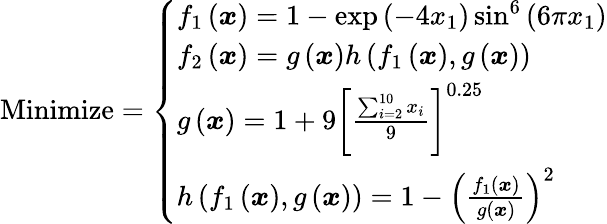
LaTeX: {\mathrm{Minimize}}={\left\{ \begin{array}{ll}{f_{1}\left({\boldsymbol{x}}\right)=1-\exp\left(-4x_{1}\right)\sin^{6}\left(6\pi x_{1}\right)}\\ {f_{2}\left({\boldsymbol{x}}\right)=g\left({\boldsymbol{x}}\right)h\left(f_{1}\left({\boldsymbol{x}}\right),g\left({\boldsymbol{x}}\right)\right)}\\ {g\left({\boldsymbol{x}}\right)=1+9\left[{\frac{\sum_{i=2}^{10}x_{i}}{9}}\right]^{0.25}}\\ {h\left(f_{1}\left({\boldsymbol{x}}\right),g\left({\boldsymbol{x}}\right)\right)=1-\left({\frac{f_{1}\left({\boldsymbol{x}}\right)}{g\left({\boldsymbol{x}}\right)}}\right)^{2}}\end{array}\right.}